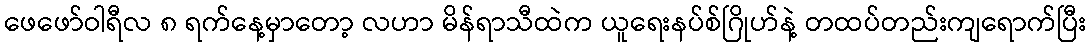
ဖေဖော်ဝါရီလ ၈ ရက်နေ့မှာတော့ လဟာ မိန်ရာသီထဲက ယူရေးနပ်စ်ဂြိုဟ်နဲ့ တထပ်တည်းကျရောက်ပြီး